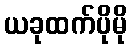
ယခုထက်ပိုမို